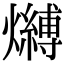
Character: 𤒔